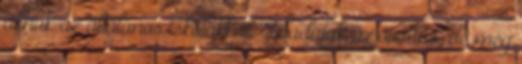
állnak az általános iskolákkal. Feladatuk az óvodás, de még